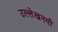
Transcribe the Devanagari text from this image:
उल्लेखनयी